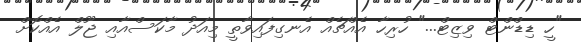
"ހީ ޑިޑްންޓް ވިޒިޓް..." ހުރިހާ އެއްޗެއް އެނގިފައިވާތީ މިއަދު މާކަސްއާއި ޖޫލް އެއްކޮށް